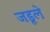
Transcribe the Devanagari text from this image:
जडूले